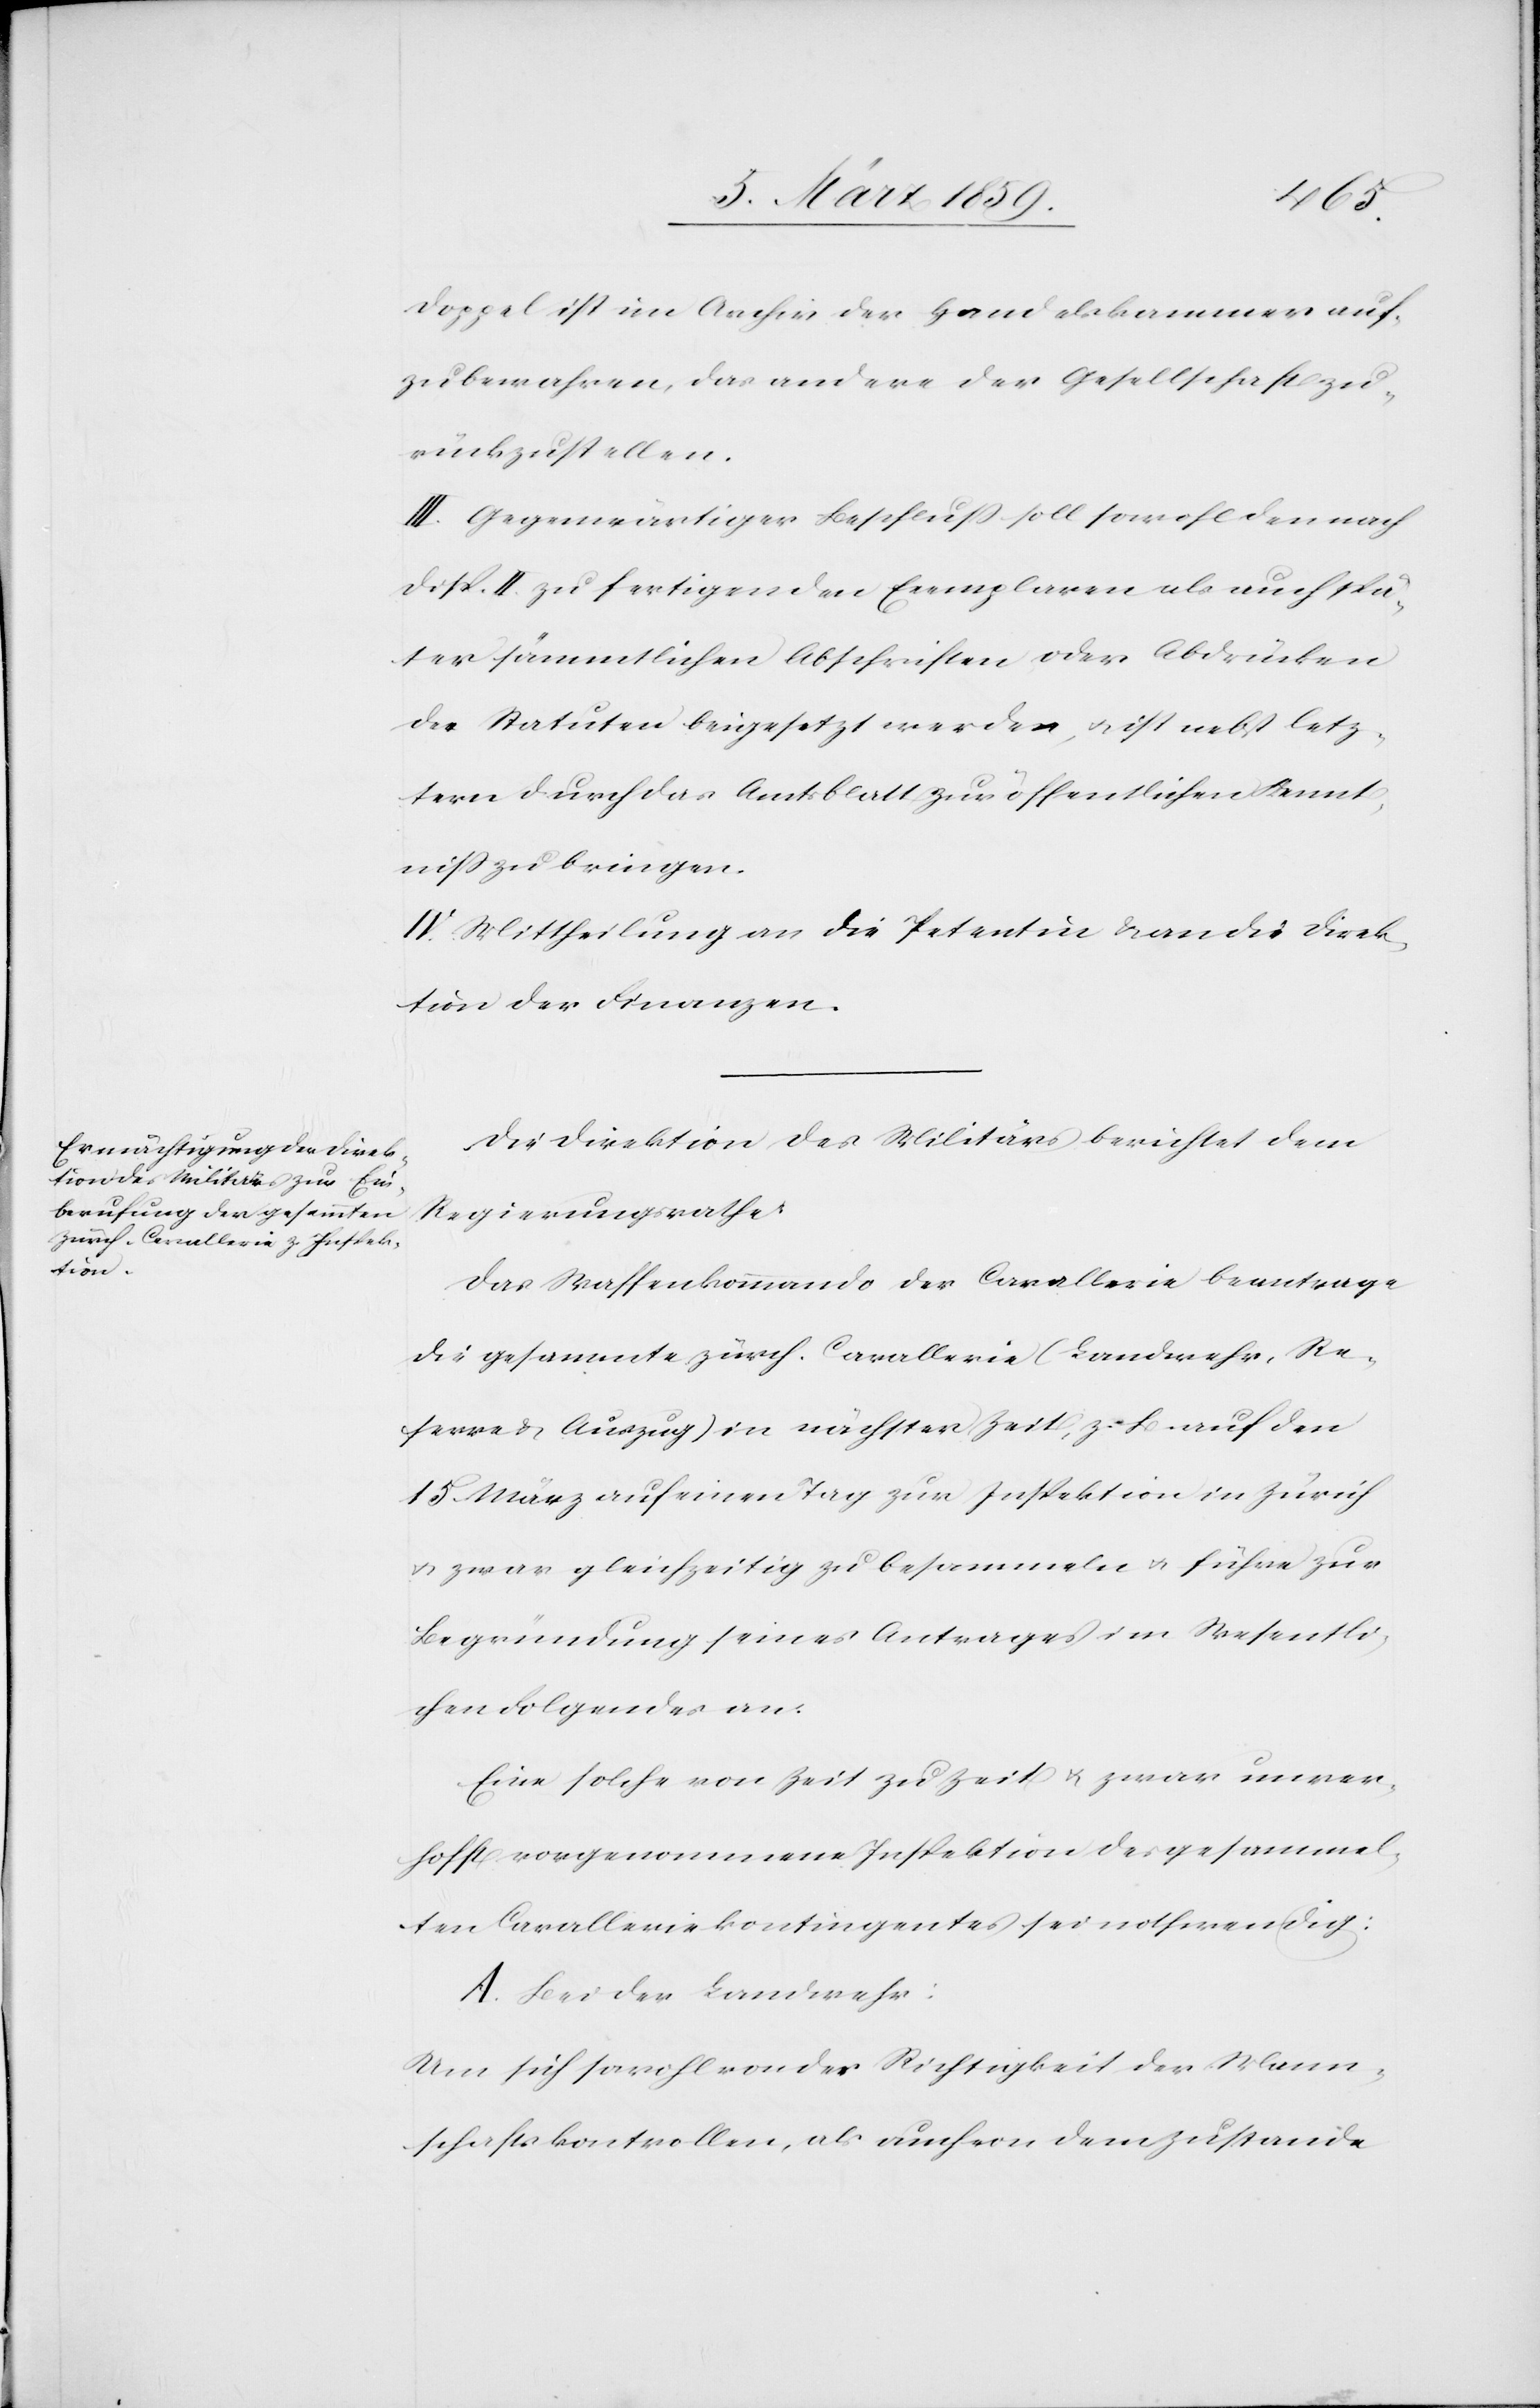
chen

Doppel ist im Archiv der Handelskammer auf¬
zubewahren, das andere der Gesellschaft zu¬
rückzustellen.
III. Gegenwärtiger Beschluß soll sowohl den nach
Disp. II. zu fertigenden Exemplaren als auch spä¬
ter sämmtlichen Abschriften oder Abdrücken
der Statuten beigesetzt werden, u. ist nebst letz¬
tern durch das Amtsblatt zur öffentlichen Kennt¬
niß zu bringen.
IV. Mittheilung an die Petentin & an die Direk¬
tion der Finanzen.
Die Direktion des Militärs berichtet dem
Regierungsrathe:
Das Waffenkommando der Cavallerie beantrage
die gesammte zürch. Cavallerie (Landwehr, Re¬
serve & Auszug) in nächster Zeit, z. B. auf den
15. März auf einen Tag zur Inspektion in Zürich
u. zwar gleichzeitig zu besammeln u. führe zur
Begründung seines Antrages im Wesentli¬
Eine solche von Zeit zu Zeit u. zwar unver¬
hofft vorgenommene Inspektion des gesammel¬
ten Cavalleriekontingentes sei nothwendig:
A. Bei der Landwehr:
Um sich sowohl von der Richtigkeit der Mann¬
schaftskontrollen, als auch von dem Zustande